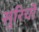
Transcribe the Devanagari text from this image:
सुरिची